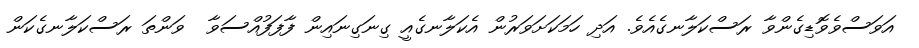
އަވަސްވެވޮޑިގެންވާ ރަސްކަލާނގެއެވެ. އަދި ހަމަކަށަވަރުން އެކަލާނގެއީ ގިނަގިނައިން ފާފަފުއްސަވާ  ވަންތަ ރަސްކަލާނގެކަން